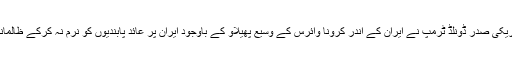
جو بائیڈن نے کہا کہ امریکی صدر ڈونلڈ ٹرمپ نے ایران کے اندر کرونا وائرس کے وسیع پھیلاؤ کے باوجود ایران پر عائد پابندیوں کو نرم نہ کرکے ظالمانہ انداز میں عمل کیا ہے۔